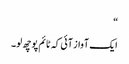
“
ایک آواز آئی کہ ٹائم پوچھ لو۔